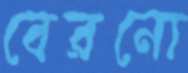
বেরনো